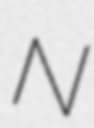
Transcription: N